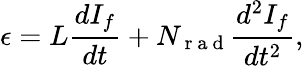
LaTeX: \epsilon=L\frac{dI_{f}}{dt}+N_{\mathrm{~r~a~d~}}\frac{d^{2}I_{f}}{dt^{2}},